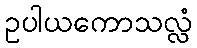
ဥပါယကောသလ္လံ